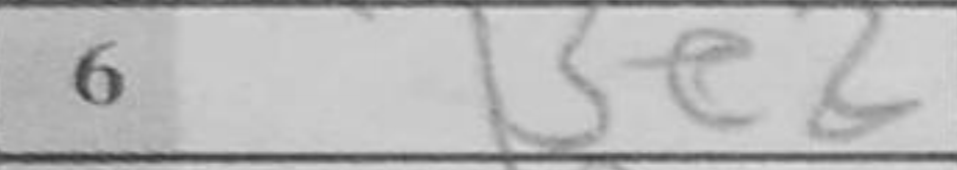
Transcription: Be2